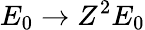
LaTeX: E_{0}\rightarrow Z^{2}E_{0}